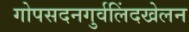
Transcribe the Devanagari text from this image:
गोपसदनगुर्वलिंदखेलन